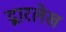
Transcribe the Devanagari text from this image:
द्वारलेख